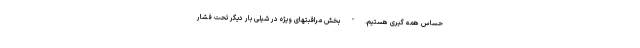
حساس همه گیری هستیم." بخش مراقبتهای ویژه در شیلی بار دیگر تحت فشار